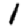
Digit: 1